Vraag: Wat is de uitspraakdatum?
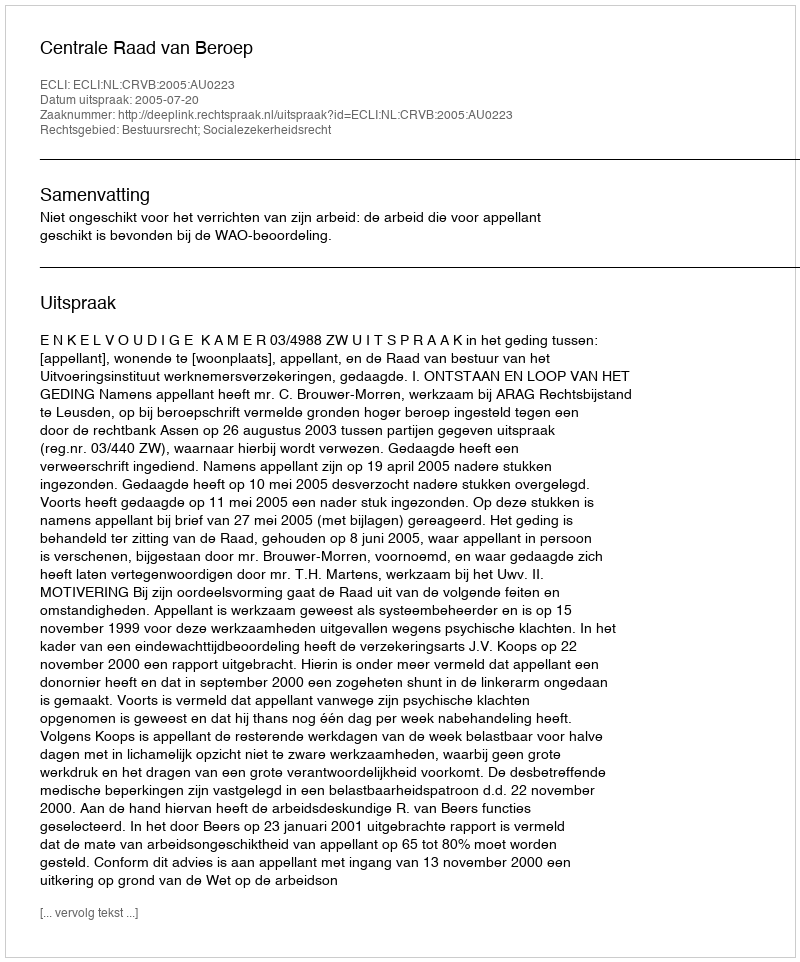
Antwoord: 2005-07-20